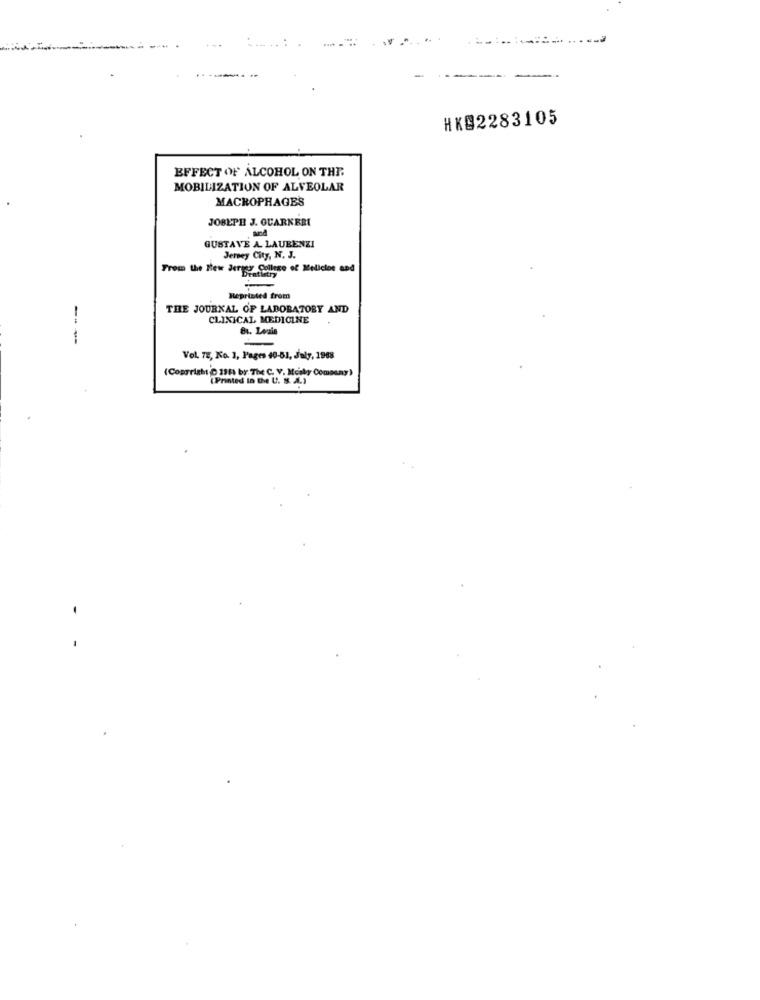
HKB2283105
EFFECT OF ALCOHOL ON THE.
MOBILIZATION OF ALVEOLAR
MACROPHAGES
JOBEPE J. GUARNERI
GUSTAVE A. LAUBENZI
Jersey City, N. J.
From the New Jersey College of Melicios and
Reprinted from
THE JOURNAL OF LABORATORY AND
CLINICAL MEDICINE
---
81. Louis
Vol. 78, Ko. 1, Pages 40-51, July, 1968
(Copyright O 1911 by The C. V. Mcaly Comesay)
(Printed in the U. S. A.)